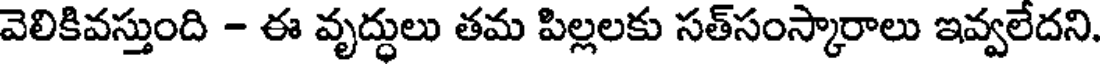
వెలికివస్తుంది - ఈ వృద్ధులు తమ పిల్లలకు సత్సంస్కారాలు ఇవ్వలేదని